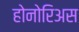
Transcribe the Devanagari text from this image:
होनोरिअस